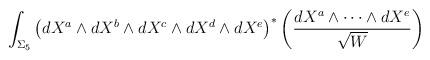
LaTeX: \begin{align*}\int_{\Sigma_5}\left(dX^a\wedge{d}X^b\wedge{d}X^c\wedge{d}X^d\wedge{d}X^e\right)^\ast\left(\frac{dX^a\wedge\cdots\wedge{d}X^e}{\sqrt{W}}\right)\end{align*}